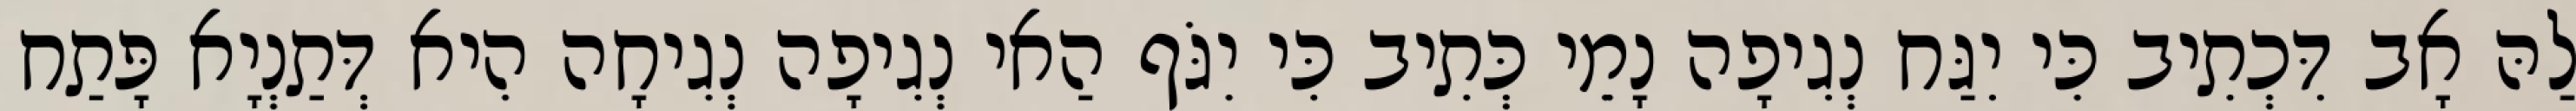
לַהּ אָב דִּכְתִיב כִּי יִגַּח נְגִיפָה נָמֵי כְּתִיב כִּי יִגֹּף הַאי נְגִיפָה נְגִיחָה הִיא דְּתַנְיָא פָּתַח